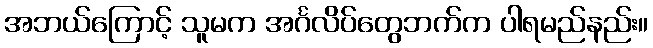
အဘယ်ကြောင့် သူမက အင်္ဂလိပ်တွေဘက်က ပါရမည်နည်း။